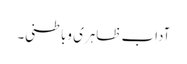
آداب ظاہری وباطنی۔